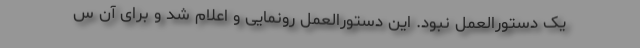
یک دستورالعمل نبود. این دستورالعمل رونمایی و اعلام شد و برای آن س